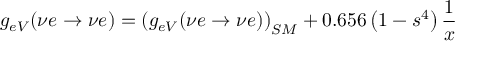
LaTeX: g _ { e V } ( \nu e \rightarrow \nu e ) = \left( g _ { e V } ( \nu e \rightarrow \nu e ) \right) _ { S M } + 0 . 6 5 6 \left( 1 - s ^ { 4 } \right) { \frac { 1 } { x } }